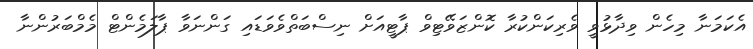
އެކަމަނާ މިހެން ވިދާޅުވީ ވެރިކަންކުރާ ކޮންޒަވޭޓިވް ޕާޓީއަށް ނިސްބަތްވެވަޑައި ގަންނަވާ ޕާލަމެންޓް މެމްބަރުންނާ